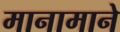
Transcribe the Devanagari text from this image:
मानामाने